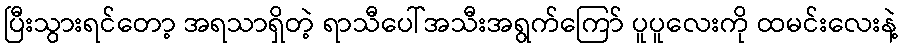
ပြီးသွားရင်တော့ အရသာရှိတဲ့ ရာသီပေါ်အသီးအရွက်ကြော် ပူပူလေးကို ထမင်းလေးနဲ့